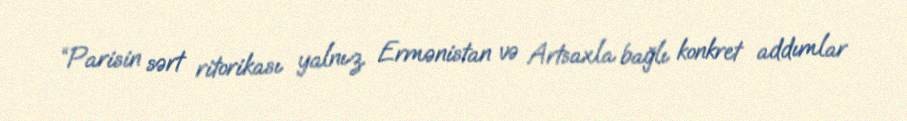
“Parisin sərt ritorikası yalnız Ermənistan və Artsaxla bağlı konkret addımlar